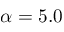
\alpha = 5 . 0